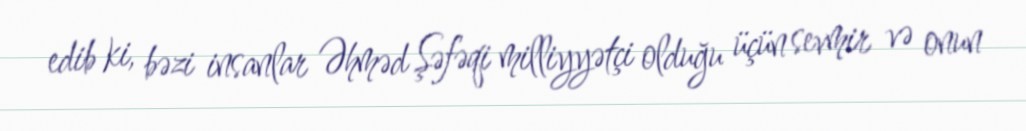
edib ki, bəzi insanlar Əhməd Şəfəqi milliyyətçi olduğu üçün sevmir və onun